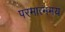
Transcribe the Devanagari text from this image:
परमात्ममय